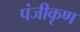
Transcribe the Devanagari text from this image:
पंजीकृण